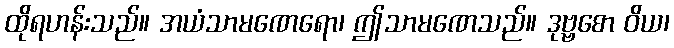
ထိုရဟန်းသည်။ အယံသာမဏေရော၊ ဤသာမဏေသည်။ ဒုဗ္ဗစော ဝိယ၊